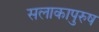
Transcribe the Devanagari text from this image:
सलाकापुरुष